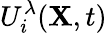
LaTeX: U_{i}^{\lambda}(\mathbf{X},t)